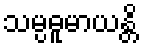
သမ္ပဓူမာယန္တိ